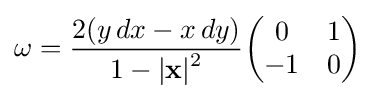
\omega ={\frac {2(y\,dx-x\,dy)}{1-|\mathbf {x} |{\vphantom {l}}^{2}}}{\begin{pmatrix}0&1\\-1&0\end{pmatrix}}